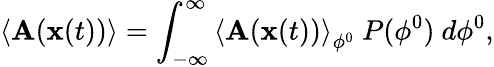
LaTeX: \left\langle\mathbf{A}(\mathbf{{x}}(t))\right\rangle=\int_{-\infty}^{\infty}\left\langle\mathbf{A}(\mathbf{{x}}(t))\right\rangle_{\phi^{0}}\ P(\phi^{0})~d\phi^{0},